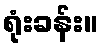
ရုံးခန်း။